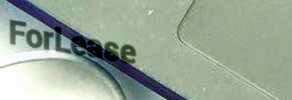
ForLease